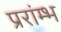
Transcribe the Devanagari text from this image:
प्ररांम्भ